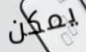
يمكن